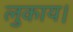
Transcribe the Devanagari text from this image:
लुकाय।